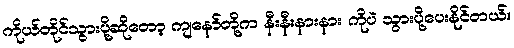
ကိုယ်တိုင်သွားပို့ဆိုတော့ ကျနော်တို့က နီးနီးနားနား ကိုပဲ သွားပို့ပေးနိုင်တယ်။